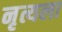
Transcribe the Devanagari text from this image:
नृत्यला